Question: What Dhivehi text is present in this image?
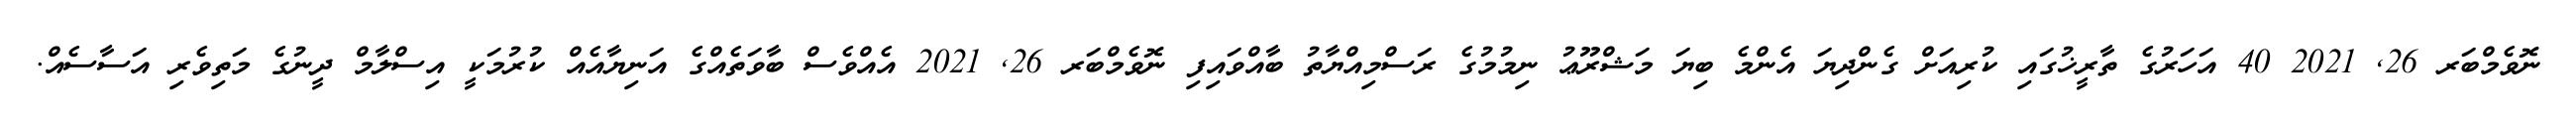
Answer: ނޮވެމްބަރ 26, 2021 40 އަހަރުގެ ތާރީޚުގައި ކުރިއަށް ގެންދިޔަ އެންމެ ބިޔަ މަޝްރޫޢު ނިމުމުގެ ރަސްމިއްޔާތު ބާއްވައިފި ނޮވެމްބަރ 26, 2021 އެއްވެސް ބާވަތެއްގެ އަނިޔާއެއް ކުރުމަކީ އިސްލާމް ދީނުގެ މަތިވެރި އަސާސެއް.